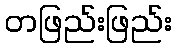
တဖြည်းဖြည်း